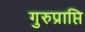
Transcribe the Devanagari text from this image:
गुरुप्राप्ति